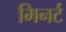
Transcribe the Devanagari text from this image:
मिनर्ट